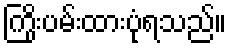
ကြိုးပမ်းထားပုံရသည်။